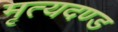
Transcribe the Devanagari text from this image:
मृत्यदण्ड